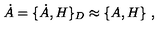
\dot { A } = \{ \dot { A } , H \} _ { D } \approx \{ A , H \} \ ,